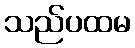
သည်ပထမ